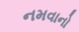
નમવાનો